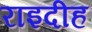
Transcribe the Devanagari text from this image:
राइदीह